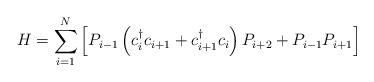
LaTeX: \begin{align*}H= \sum_{i=1}^N \left[P_{i-1} \left( c^\dagger_i c_{i+1} + c^\dagger_{i+1}c_i\right)P_{i+2} +P_{i-1}P_{i+1}\right] \end{align*}